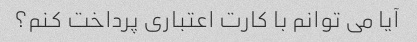
آیا می توانم با کارت اعتباری پرداخت کنم؟